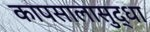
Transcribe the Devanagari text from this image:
कापसालासुद्धा